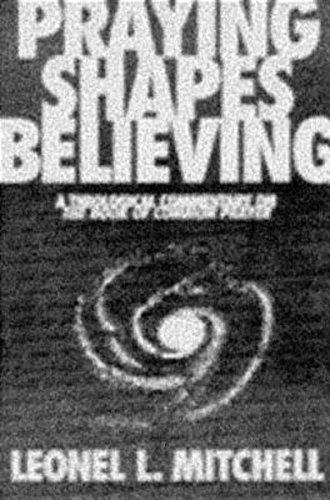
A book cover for Praying Shapes Believing: A Theological Commentary on the Book of Common Prayer; Leonel Mitchell; Christian Books & Bibles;